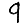
Digit: 9